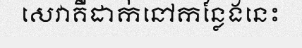
សេវាគឺដាក់នៅកន្លែងនេះ